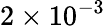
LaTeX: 2\times 10^{-3}